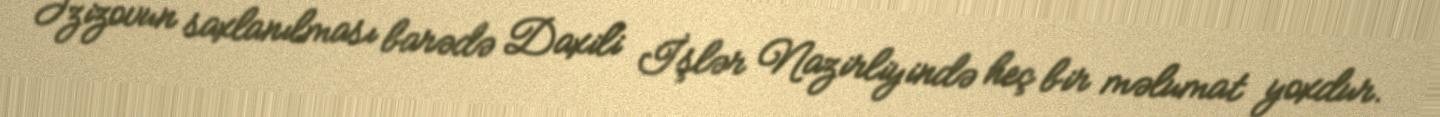
Əzizovun saxlanılması barədə Daxili İşlər Nazirliyində heç bir məlumat yoxdur.